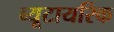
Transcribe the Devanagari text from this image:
ब्यूटायरिक